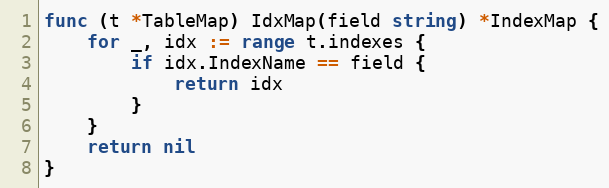
Language: Go
func (t *TableMap) IdxMap(field string) *IndexMap {
	for _, idx := range t.indexes {
		if idx.IndexName == field {
			return idx
		}
	}
	return nil
}